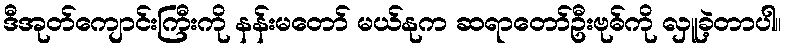
ဒီအုတ်ကျောင်းကြီးကို နန်းမတော် မယ်နုက ဆရာတော်ဦးဗုဓ်ကို လှူခဲ့တာပါ။